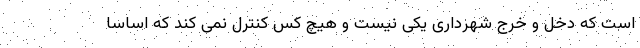
است که دخل و خرج شهرداری یکی نیست و هیچ کس کنترل نمی کند که اساسا